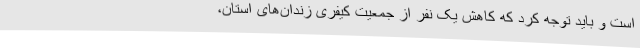
است و باید توجه کرد که کاهش یک نفر از جمعیت کیفری زندان‌های استان،